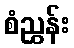
စံညွှန်း